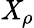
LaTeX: \mathit{X}_{\rho}